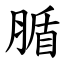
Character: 腯